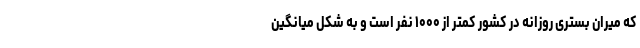
که میران بستری روزانه در کشور کمتر از ۱۰۰۰ نفر است و به شکل میانگین